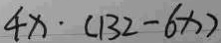
4 x \cdot ( 1 3 2 - 6 x )